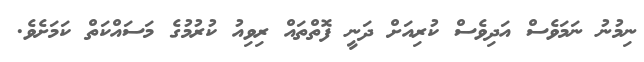
ނިމުނު ނަމަވެސް އަދިވެސް ކުރިއަށް ދަނީ ފޮތްތައް ރިވިއު ކުރުމުގެ މަސައްކަތް ކަމަށެވެ.